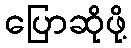
ပြောဆိုဖို့